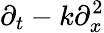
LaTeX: \partial_{t}-k\partial_{x}^{2}